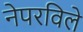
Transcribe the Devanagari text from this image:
नेपरविले